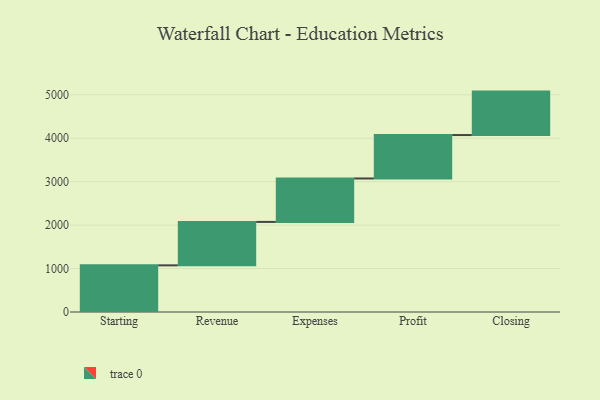
{"axis": {"x": "Step", "y": "Value"}, "legend": [""], "data": [{"x": "Starting", "y": 1074.0, "type": ""}, {"x": "Revenue", "y": 1000, "type": ""}, {"x": "Expenses", "y": 1000, "type": ""}, {"x": "Profit", "y": 1000, "type": ""}, {"x": "Closing", "y": 1000, "type": ""}]}